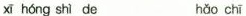
xī hóng shì de hǎo chī